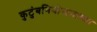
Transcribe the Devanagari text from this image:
कुटुंबनियोजनाच्या